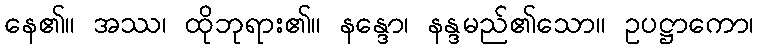
နေ၏။ အဿ၊ ထိုဘုရား၏။ နန္ဒော၊ နန္ဒမည်၏သော။ ဥပဋ္ဌာကော၊